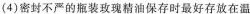
(4)密封不严的瓶装玫瑰精油保存时最好存放在温